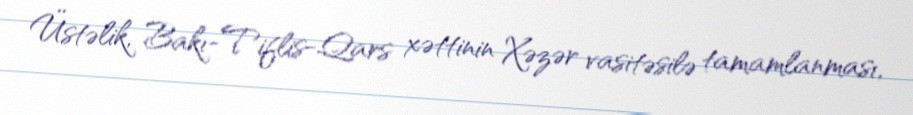
Üstəlik, Bakı-Tiflis-Qars xəttinin Xəzər vasitəsilə tamamlanması,